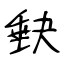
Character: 𡙇